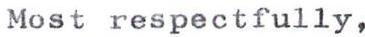
Most respectfully,